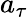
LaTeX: a_{\tau}